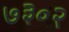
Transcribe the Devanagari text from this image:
७३०२